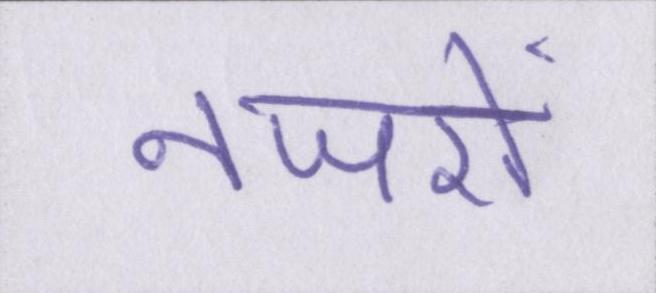
नजरों